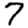
Digit: 7